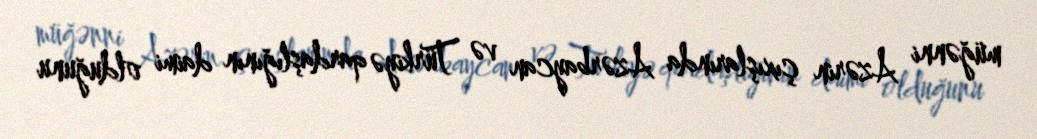
müğənni Azərin çıxışlarında Azərbaycan və Türkiyə qardaşlığının daimi olduğunu